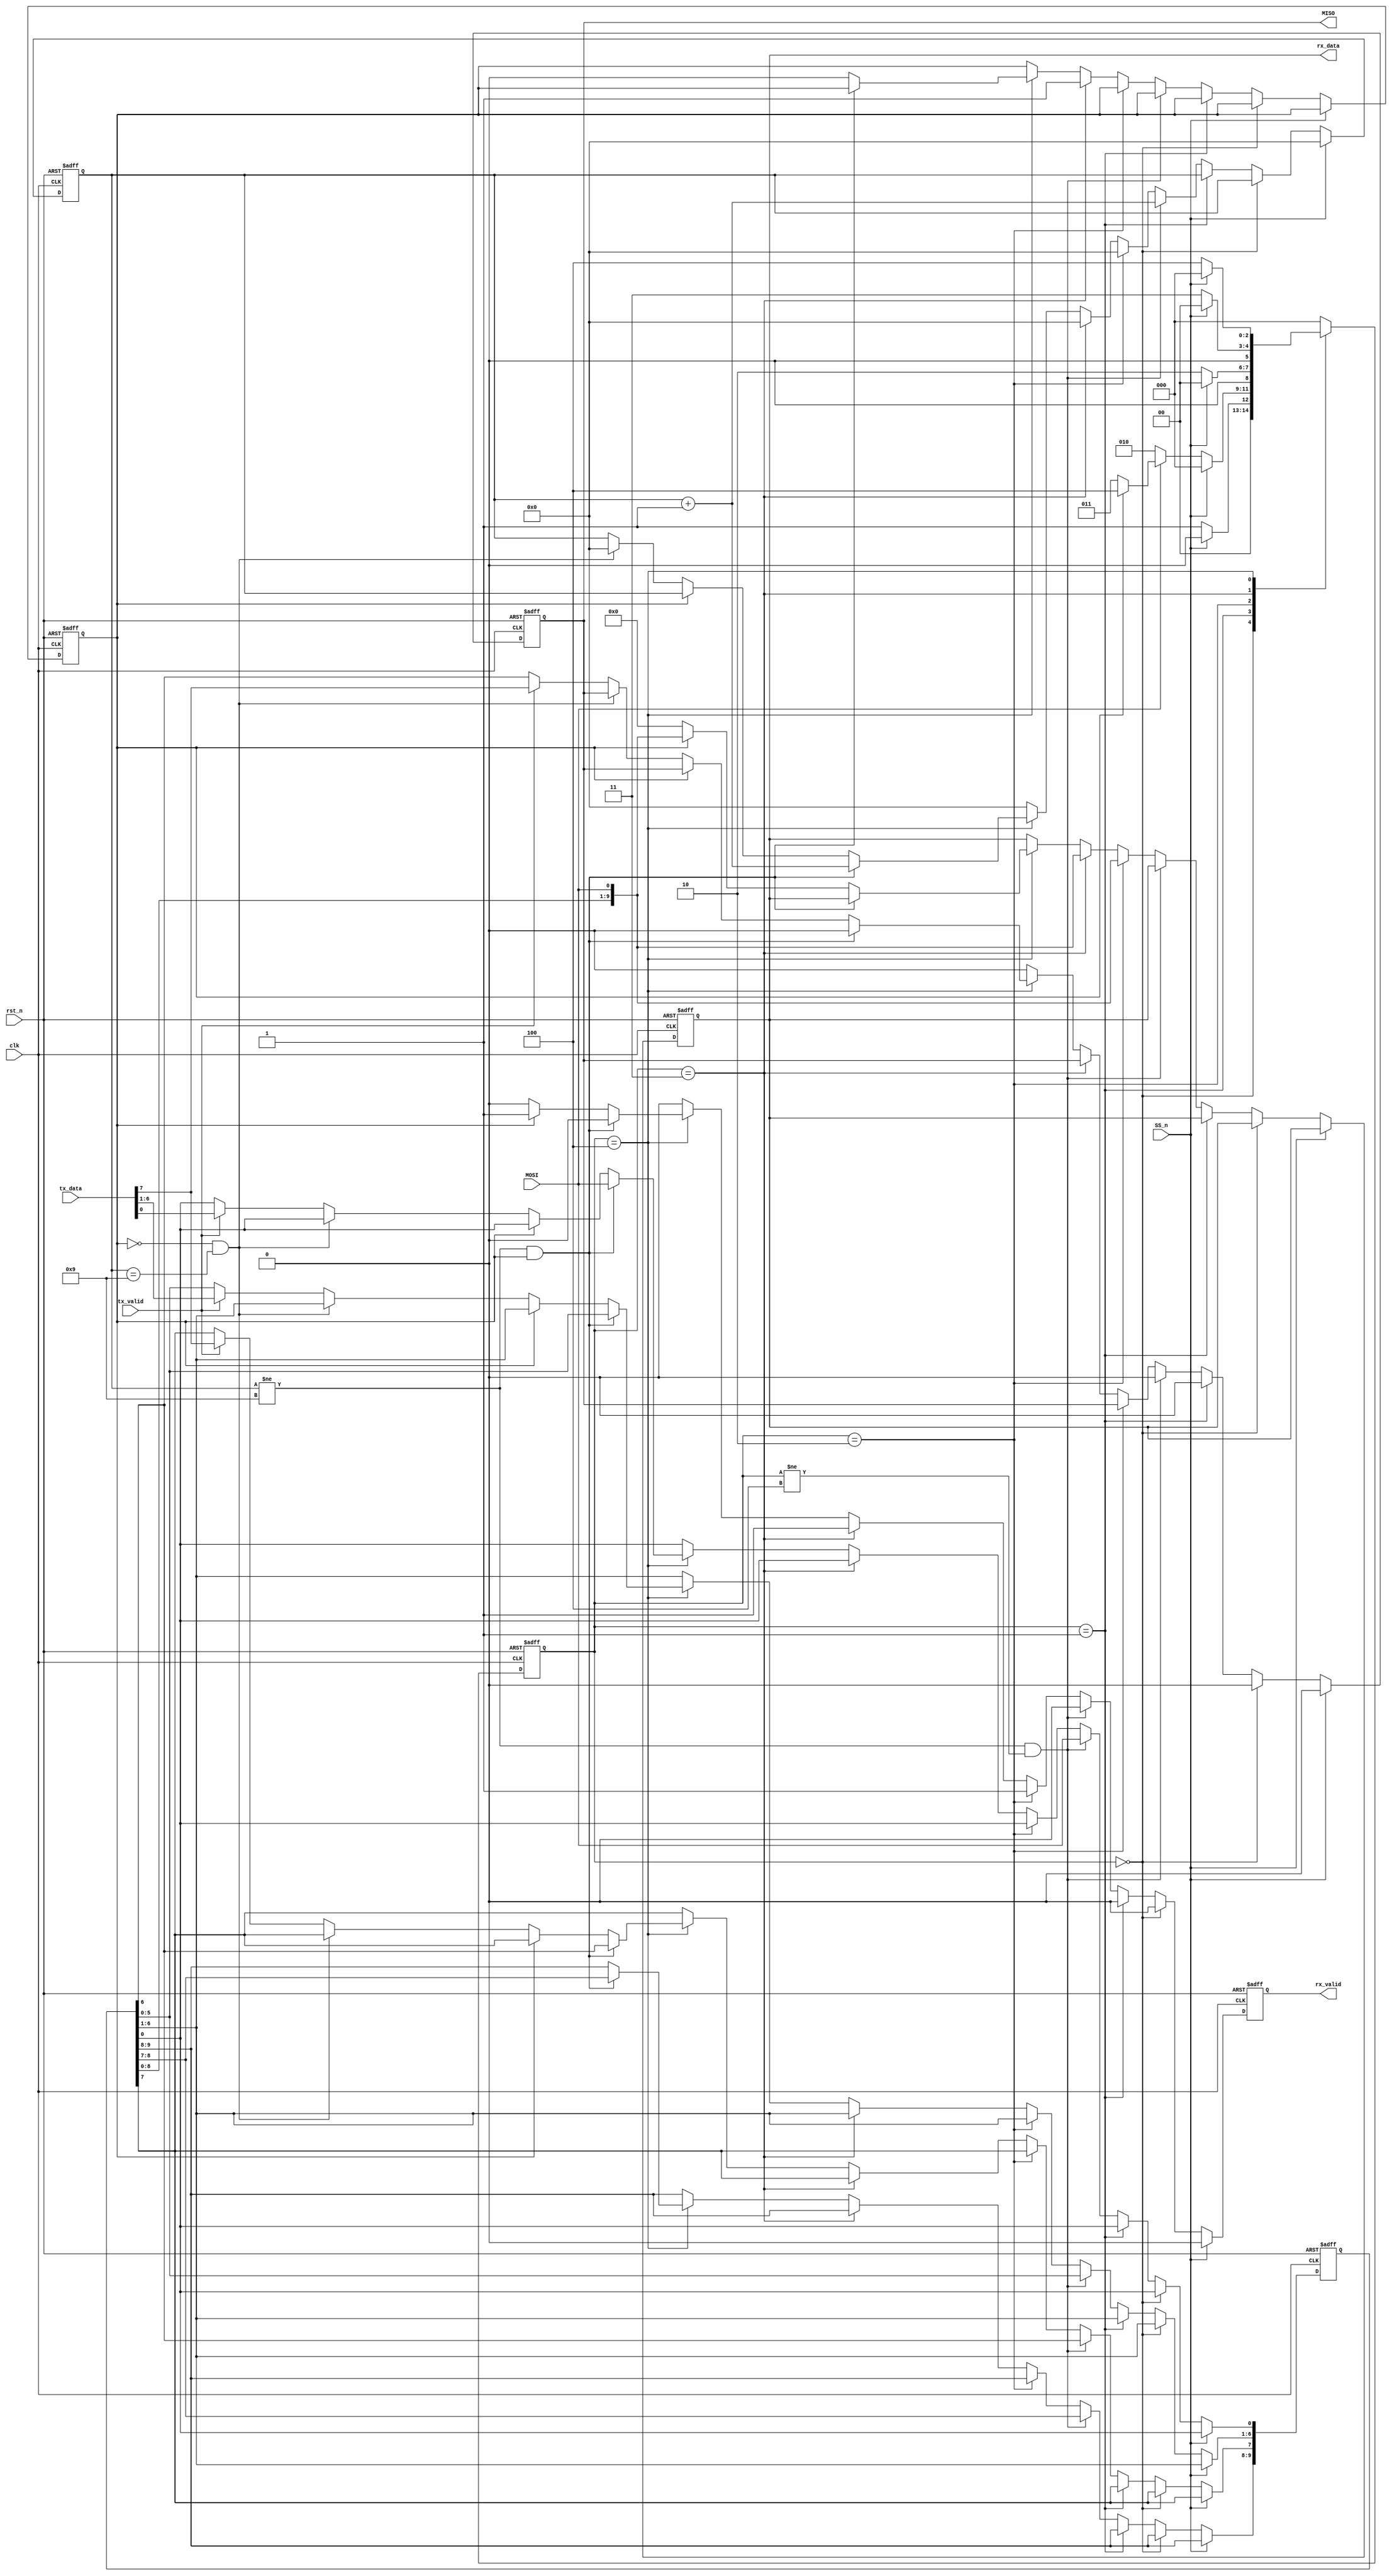
module SPIslav(MOSI, MISO, SS_n, clk, rst_n, rx_data, rx_valid, tx_data, tx_valid);
	
	parameter IDLE=3'b000, CHK_CMD=3'b001, WRITE=3'b010, READ_ADD=3'b011, READ_DATA=3'b100;
	input MOSI, SS_n, tx_valid, clk, rst_n;
	output reg MISO, rx_valid;
	input [7:0] tx_data;
	output reg [9:0] rx_data;
	reg [2:0] cs,ns;
	reg readflag;
	reg [3:0] counter;
	reg [9:0] addr_data;

	always @(posedge clk or negedge rst_n) begin
		if (~rst_n) begin
			MISO<=0;
			counter<=0;
			readflag<=0;
			addr_data<=0;
			rx_valid<=0;
			rx_data<=0;
			cs<=IDLE;
		end
		else begin
			cs<=ns;
			if (~SS_n) begin
				if (cs==IDLE) begin
					rx_valid<=0;
					MISO<=0;
				end
				else if (cs==CHK_CMD) begin
					rx_valid<=0;
					MISO<=0;				
				end
				else if (counter!=9 && cs!=READ_DATA) begin
					addr_data<={addr_data,MOSI};
					counter<=counter+1;
					rx_valid<=0;
					MISO<=0;
				end
				else if (cs==WRITE) begin
					rx_valid<=1;
					rx_data<={addr_data,MOSI};
					counter<=0;
				end
				else if (cs==READ_ADD) begin
					rx_valid<=1;
					rx_data<={addr_data,MOSI};
					counter<=0;
					readflag<=1;
				end
				else if (cs==READ_DATA) begin
					if (counter!=9 && readflag) begin
						addr_data<={addr_data,MOSI};
						counter<=counter+1;
						rx_valid<=0;
						MISO<=0;
					end
					else if (readflag) begin
						rx_valid<=1;
						rx_data<={addr_data,MOSI};
						readflag<=0;
					end
					else begin
						rx_valid<=0;
						rx_data<=0;
						if (~readflag && counter==9) begin
							counter<=0;
						end
						else if (tx_valid==1) begin
							addr_data[7:0]<=tx_data;
							MISO<=tx_data[7];
						end
						else begin
							{MISO, addr_data[6:1]}<=addr_data[6:0];
						end
					end
				end
				else begin
					rx_valid<=0;
					MISO<=0;
					counter<=0;
				end
			end
			else begin
				rx_valid<=0;
				MISO<=0;
				counter<=0;
			end
		end
	end

	always @(cs, SS_n, tx_valid, MOSI) begin
		case (cs)
			IDLE:
				if (~SS_n) begin
					ns=CHK_CMD;
				end
				else begin
					ns=IDLE;
				end
			CHK_CMD:
				if (~SS_n) begin
					if (~MOSI) begin
						ns=WRITE;
					end
					else if (~readflag) begin
						ns=READ_ADD;
					end
					else begin
						ns=READ_DATA;
					end
				end
				else begin
					ns=IDLE;
				end
			WRITE:
				if (~SS_n) begin
					ns=WRITE;
				end
				else begin
					ns=IDLE;
				end
			READ_ADD:
				if (~SS_n) begin
					ns=READ_ADD;
				end
				else begin
					ns=IDLE;
				end
			READ_DATA:
				if (~SS_n) begin
					ns=READ_DATA;
				end
				else begin
					ns=IDLE;
				end
			default: ns=IDLE;
		endcase
	end

endmodule